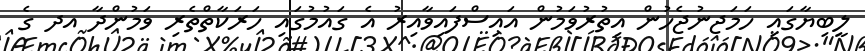
ލީބިޔާގައި ހަމަޖނުޖެހުން އިތުރުވަމުން އައިސްފައިވާއިރު އެ ގައުމުގައި ހަރަކާތްތެރި ވަމުންދާ އދ ގެ